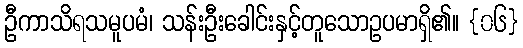
ဦကာသိရသမူပမံ၊ သန်းဦးခေါင်းနှင့်တူသောဥပမာရှိ၏။ {၀၆}